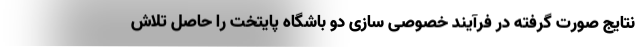
نتایج صورت گرفته در فرآیند خصوصی سازی دو باشگاه پایتخت را حاصل تلاش